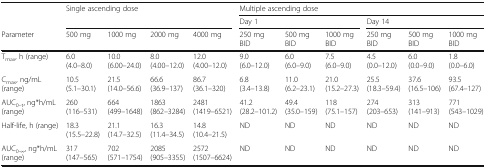
| <ROWSPAN=2>  | <ROWSPAN=2-COLSPAN=4> Single ascending dose | <COLSPAN=6> Multiple ascending dose |
 | <COLSPAN=3> Day 1 | <COLSPAN=3> Day 14 |
 | Parameter | 500 mg | 1000 mg | 2000 mg | 4000 mg | 250 mg BID | 500 mg BID | 1000 mg BID | 250 mg BID | 500 mg BID | 1000 mg BID |
 | --- | --- | --- | --- | --- | --- | --- | --- | --- | --- | --- |
 | Tmax, h (range) | 6.0 (4.0–8.0) | 10.0 (6.00–24.0) | 8.0 (4.00–12.0) | 12.0 (4.00–12.0) | 9.0 (6.0–12.0) | 6.0 (6.0–9.0) | 7.5 (6.0–9.0) | 4.5 (0.0–12.0) | 6.0 (0.0–9.0) | 1.8 (0.0–6.0) |
 | Cmax, ng/mL (range) | 10.5 (5.1–30.1) | 21.5 (14.0–56.6) | 66.6 (36.9–137) | 86.7 (36.1–320) | 6.8 (3.4–13.8) | 11.0 (6.2–23.1) | 21.0 (15.2–27.3) | 25.5 (18.3–59.4) | 37.6 (16.5–106) | 93.5 (67.4–127) |
 | AUC0–t, ng*h/mL (range) | 260 (116–531) | 664 (499–1648) | 1863 (862–3284) | 2481 (1419–6521) | 41.2 (28.2–101.2) | 49.4 (35.0–159) | 118 (75.1–157) | 274 (203–653) | 313 (141–913) | 771 (543–1029) |
 | Half-life, h (range) | 18.3 (15.5–22.8) | 21.1 (14.7–32.5) | 16.3 (11.4–34.5) | 14.8 (10.4–21.5) | ND | ND | ND | ND | ND | ND |
 | AUC0-∞, ng*h/mL (range) | 317 (147–565) | 702 (571–1754) | 2085 (905–3355) | 2572 (1507–6624) | ND | ND | ND | ND | ND | ND |